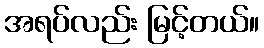
အရပ်လည်း မြင့်တယ်။